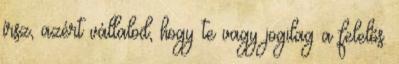
írsz, azért vállalod, hogy te vagy jogilag a felelős.